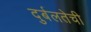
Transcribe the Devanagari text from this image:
दुर्बलतेची